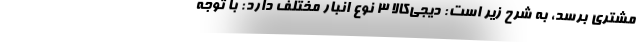
مشتری برسد، به شرح زیر است: دیجی‌کالا 3 نوع انبار مختلف دارد: با توجه